Leaving Certificate Examination, 1923
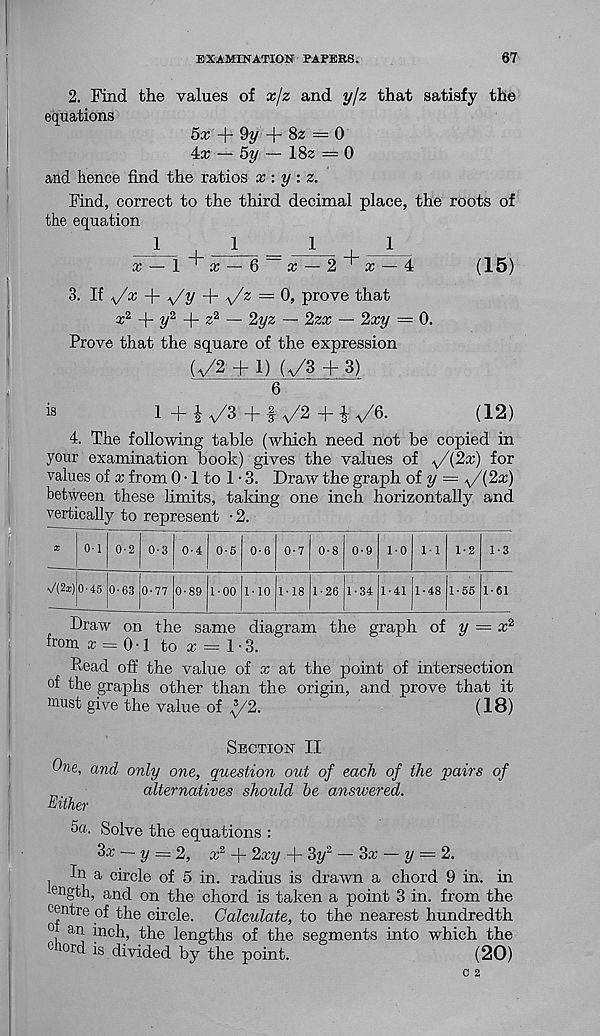
EXAMINATION PATERS.
67
2. Find the values of xjz and yjz that satisfy the
equations
5a; + 9y + Sz = 0
4a; — 5y — 18z = 0
and hence find the ratios x : y : z.
Find, correct to the third decimal place, the roots of
the equation
1
I
1
_
1
I
1
x — 1'a; — 6
x — 2 _r ”a; — 4
(15)
3. If *yx + *yy + *Jz — 0, prove that
^ + 2/ 2 + z 2 — 2yz — 2zx — 2xy — 0.
Prove that the square of the expression
(^2 + 1) (-y/3 fi- 3)
6
1 + i
+ f ■ \/2 + ^/Q.
(12)
4. The following table (which need not be copied in
your examination book) gives the values of v /(2a:) for
values of x from 0 • 1 to 1-3. Draw the graph oiy = \/(2x)
between these limits, taking one inch horizontally and
vertically to represent • 2.
o-i 0-2 0-3 0-4 0-5 0-6 0-7 0-8 0-9 1-0 1-1 1-2 1-3
\/(2z) 0-45 0-63 0-77 0-89 1-00 M0 I -18 1-26 1-34 1-41 1-48 1-55 1-61
Draw on the same diagram the graph of y = x 2
from a; = 0-1 to a; = 1-3.
Dead off the value of x at the point of intersection
of the graphs other than the origin, and prove that it
must give the value of ^/2.
(18)
Section II
One, mid only one, question out of each of the pairs of
„
alternatives should be answered.
Either
Solve the equations ;
3x ~ y = 2, a; 2 + 2a;y.+ 3y 2 — 3a; — y = 2.
In a circle of 5 in. radius is drawn a chord 9 in. in
' en gth, and on the chord is taken a point 3 in. from the
centre of the circle. Calculate, to the nearest hundredth
°, an inch, the lengths of the segments into which the
c ord is divided by the point.
(20)